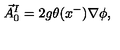
\vec { A } _ { 0 } ^ { I } = 2 g \theta ( x ^ { - } ) \nabla \phi ,